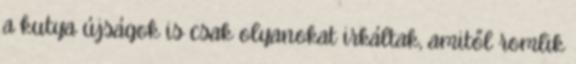
a kutya újságok is csak olyanokat irkáltak, amitől romlik